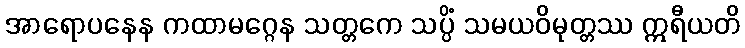
အာရောပနေန ကထာမဂ္ဂေန သတ္တကေ သပ္ပိံ သမယဝိမုတ္တဿ ဣရီယတိ